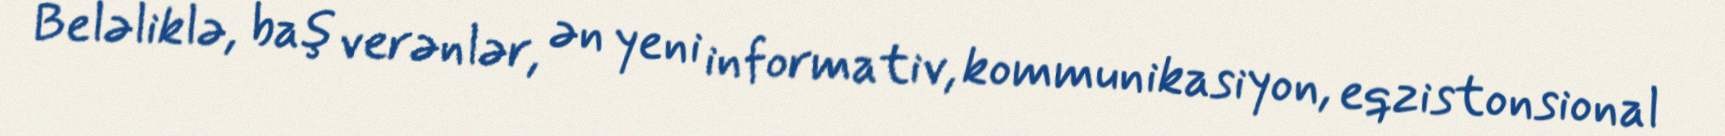
Beləliklə, baş verənlər, ən yeni informativ, kommunikasiyon, eqzistonsional